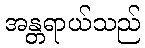
အန္တရာယ်သည်